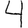
Digit: 4